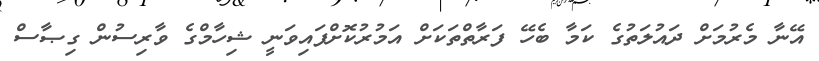
އޭނާ މެރުމަށް ދައުލަތުގެ ކަމާ ބެހޭ ފަރާތްތަކަށް އަމުރުކޮށްފައިވަނީ ޝިހާމްގެ ވާރިސުން ގިޞާސް